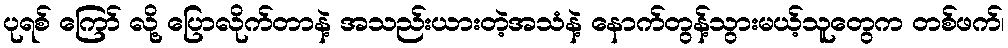
ပုရစ် ကြော် လို့ ပြောလိုက်တာနဲ့ အသည်းယားတဲ့အသံနဲ့ နောက်တွန့်သွားမယ့်သူတွေက တစ်ဖက်၊